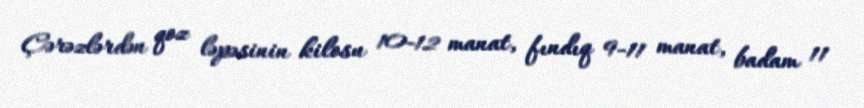
Çərəzlərdən qoz ləpəsinin kilosu 10-12 manat, fındıq 9-11 manat, badam 11